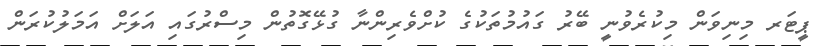
ޕީޓަރ މިނިވަން މިކުރެވުނީ ބޭރު ގައުމުތަކުގެ ކުށްވެރިންނާ ގުޅޭގޮތުން މިސްރުގައި އަލަށް އަމަލުކުރަން